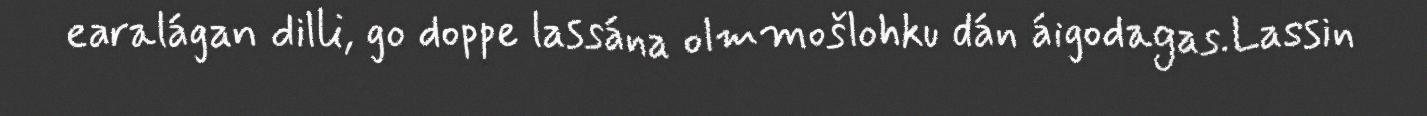
earalágan dilli, go doppe lassána olmmošlohku dán áigodagas.Lassin